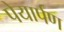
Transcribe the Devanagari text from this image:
पेयार्पण